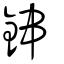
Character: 鋛